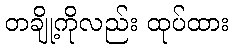
တချို့ကိုလည်း ထုပ်ထား